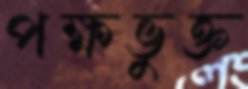
পক্ষভুক্ত